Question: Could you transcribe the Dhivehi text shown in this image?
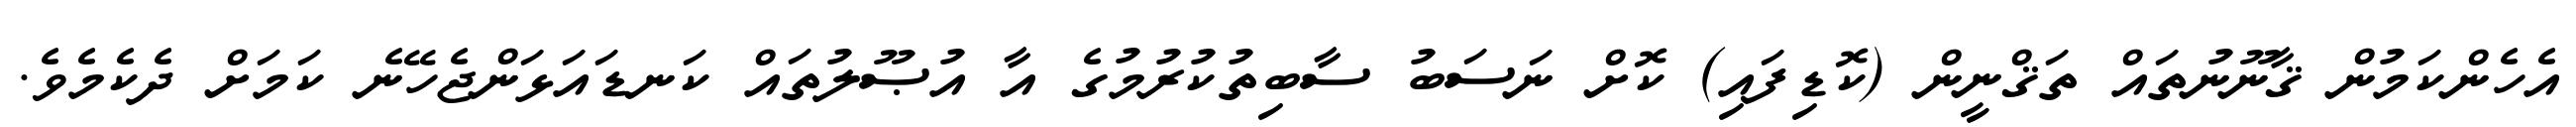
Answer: އެހެންކަމުން ޤާނޫނުތައް ތަޤްނީން (ކޮޑިފައި) ކޮށް ނަސަބު ސާބިތުކުރުމުގެ އާ އުޞޫލުތައް ކަނޑައަޅަންޖެހޭނެ ކަމަށް ދެކެމެވެ.